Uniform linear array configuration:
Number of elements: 32
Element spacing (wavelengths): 1
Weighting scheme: blackman
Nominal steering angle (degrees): -45
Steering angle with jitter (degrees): -43.99
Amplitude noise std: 0.05
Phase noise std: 0.05

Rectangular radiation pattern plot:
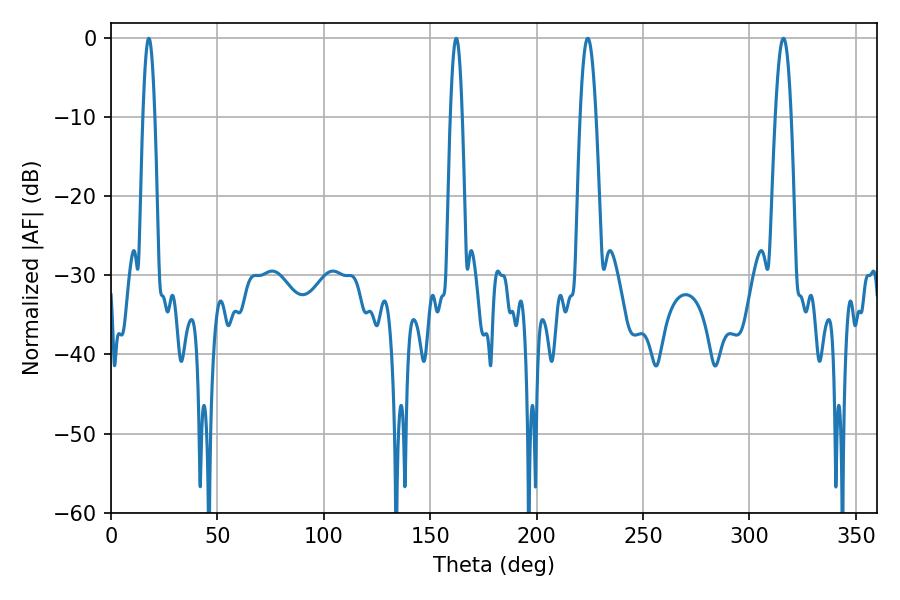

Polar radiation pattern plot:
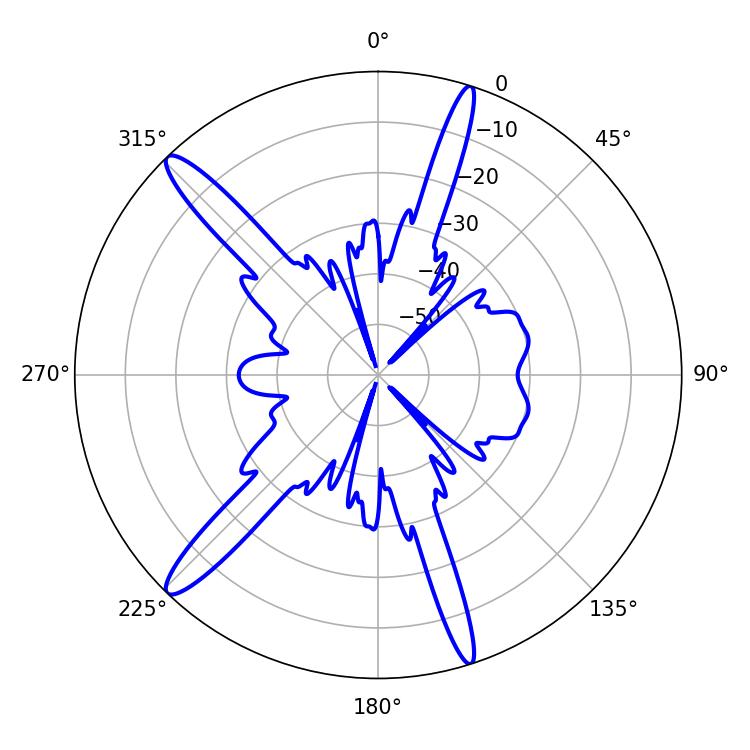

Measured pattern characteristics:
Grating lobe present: TRUE
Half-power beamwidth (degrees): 3.96
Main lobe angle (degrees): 224.1